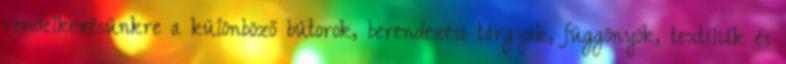
rendelkezésünkre a különböző bútorok, berendezési tárgyak, függönyök, textíliák és